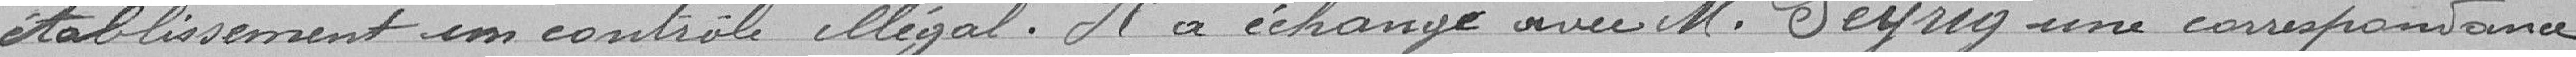
établissement un contrôle illégal. Il a échangé avec M. Seyrig une correspondance